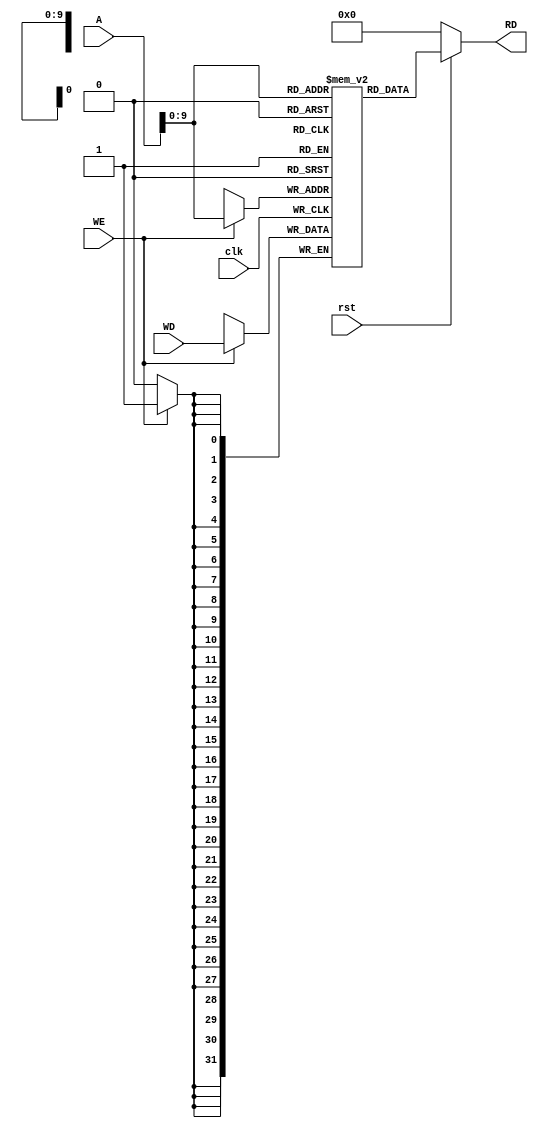
`timescale 1ns / 1ps
//////////////////////////////////////////////////////////////////////////////////
// Company: 
// Engineer: 
// 
// Design Name: 
// Module Name: Data_Memory_mod
// Project Name: 
// Target Devices: 
// Tool Versions: 
// Description: 
// 
// Dependencies: 
// 
// Revision:
// Revision 0.01 - File Created
// Additional Comments:
// 
//////////////////////////////////////////////////////////////////////////////////

module Data_Memory_mod(clk,rst,WE,WD,A,RD);

    input clk,rst,WE;
    input [31:0]A,WD;
    output [31:0]RD;

    reg [31:0] Mem [1023:0];

    always @ (posedge clk)
    begin
        if(WE)
            Mem[A] <= WD;
    end

    assign RD = (~rst) ? 32'd0 : Mem[A];

    initial begin
        Mem[0] = 32'h00000000;
        
    end


endmodule